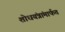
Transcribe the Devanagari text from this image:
शोधयंत्रांमार्फत